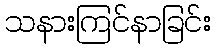
သနားကြင်နာခြင်း